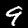
Digit: 9